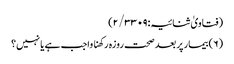
(فتاویٰ ثنائیہ:۲/۳۳۰۹)
(۶) بیمار پر بعد صحت روزہ رکھنا واجب ہے یا نہیں؟